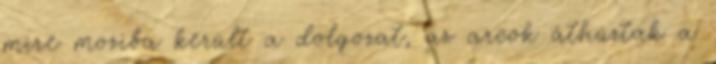
mire moziba került a dolgozat, az arcok áthúztak a